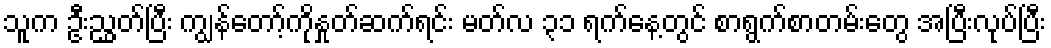
သူက ဦးညွှတ်ပြီး ကျွန်တော့်ကိုနှုတ်ဆက်ရင်း မတ်လ ၃၁ ရက်နေ့တွင် စာရွက်စာတမ်းတွေ အပြီးလုပ်ပြီး